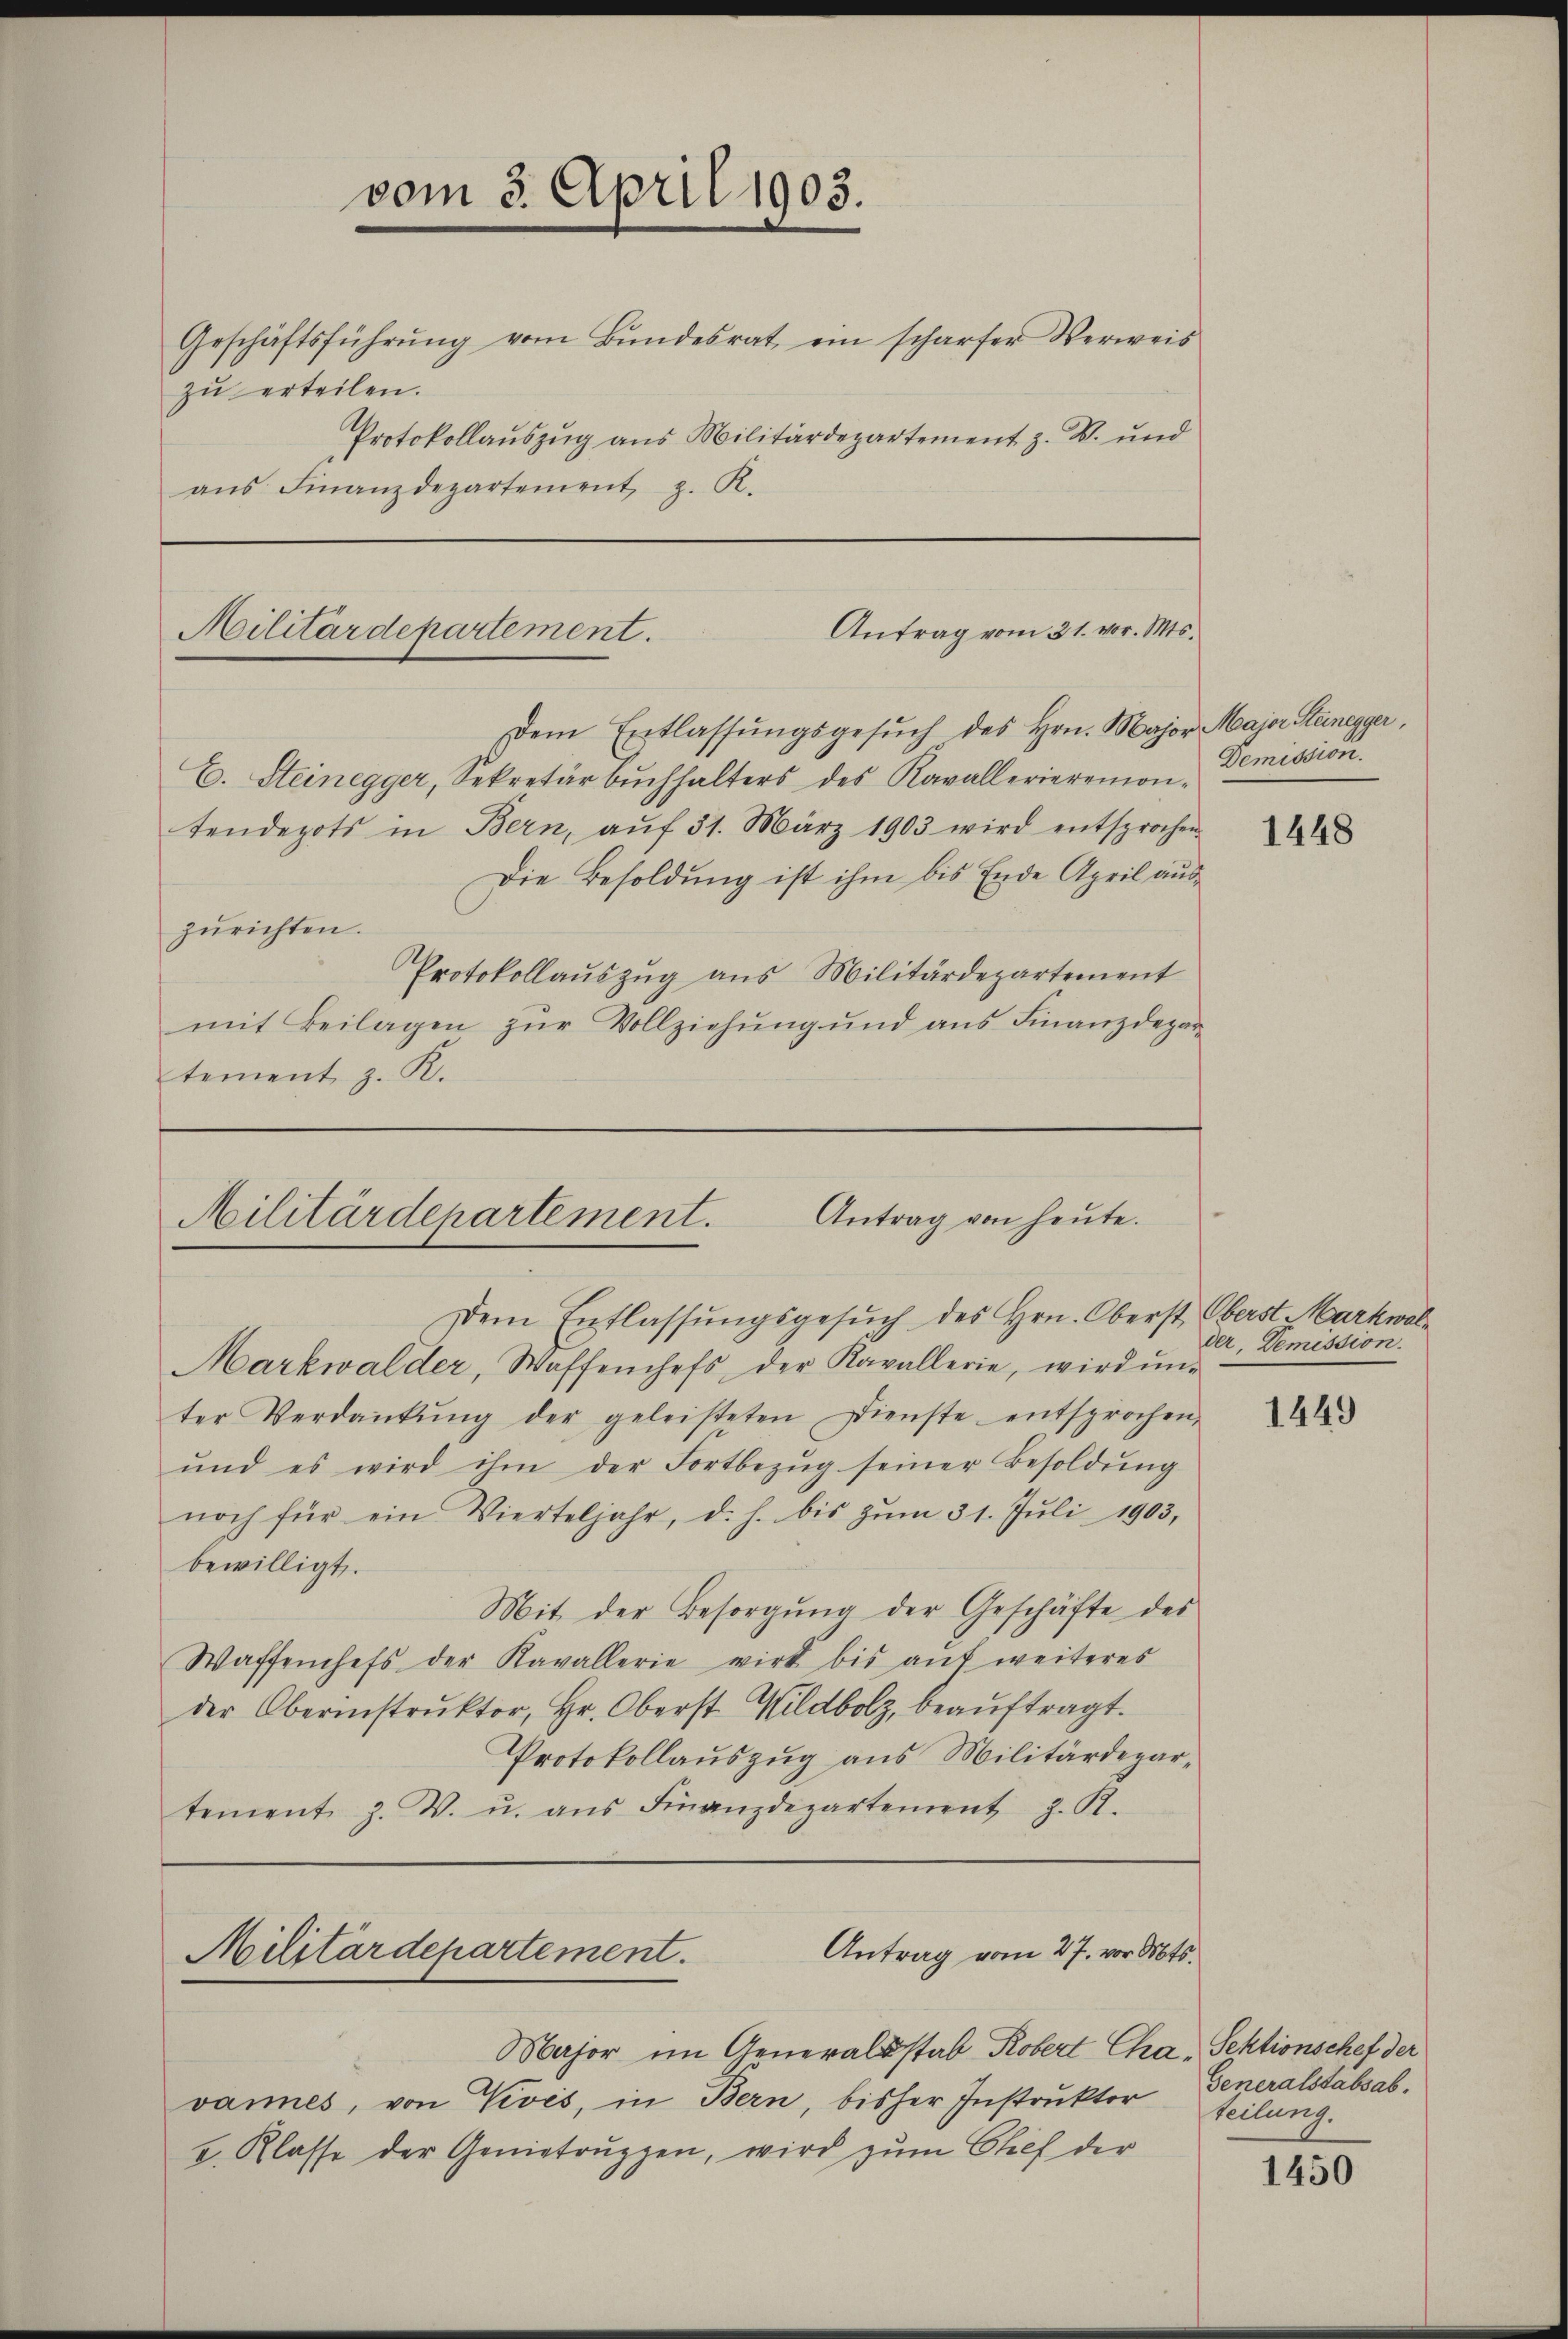
vom 3. April 1903.
Protokollauszug aus Militärdepartement z. B. und
ans Finanzdepartement z. R.

Geschäftsführŭng vom Bŭndesrat ein schärfer Verweis
zu erteilen.

E. Steinegger, Sekretär bŭchhalters des Kavallerieremon-
zurichten.

Antrag vom 31. vor. Mts.
Militärdepartement.
Dem Entlassŭngsgesŭch des Hrn. Major Major Steinegger,

Militärdepartement. Antrag von heute.

Major im Generalsstab Robert Cha Sektionschef der
vannes, von Vevés, in Bern, bisher Instruktor
2. Klasse der Genietruppen, wird zum Chef der

tendepots in Bern, aŭf 31. März 1903 wird entsprochen
Die Besoldung ist ihm bis Ende April aus¬
Protokollauszug aus Militärdepartement
mit Beilagen zur Vollziehung und ans Finanzdepar
tement z. K.

Dem Entlassŭngsgesŭch des Hrn. Oberst Oberst Markwal¬
Markwalder, Waffenchefs, der Kavallerie, wird ŭn-
ter Verdankŭng der geleisteten Dienste entsprochen,
und es wird ihm der Fortbezŭg seiner Besoldŭng
noch für ein Vierteljahr, d. h. bis zŭm 31. Jŭli 1903,
bewilligt.
Mit der Besorgŭng der Geschäfte des
Waffenchefs der Kavallerie wirk bis auf weiteres
der Oberinstrŭktor, Hr. Oberst Wildbolz, beaŭftragt.
Protokollauszug aus Militärdepartement J. V. u. aŭs Finanzdepartement J. R.

Antrag vom 27. vor. Mts.
Militärdepartement.

Demission.

1448

der, Demission.

1449

Generalstabsab.
teilung.

1450